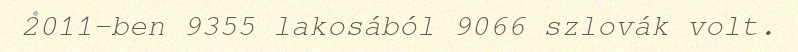
2011-ben 9355 lakosából 9066 szlovák volt.